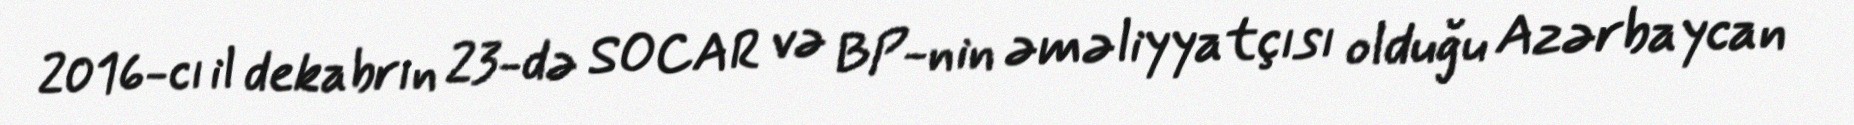
2016-cı il dekabrın 23-də SOCAR və BP-nin əməliyyatçısı olduğu Azərbaycan